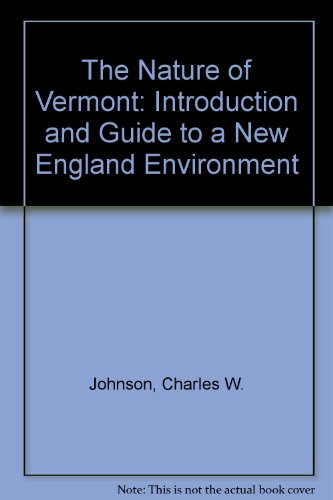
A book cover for The Nature of Vermont: Introduction and Guide to a New England Environment; Charles W. Johnson; Travel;